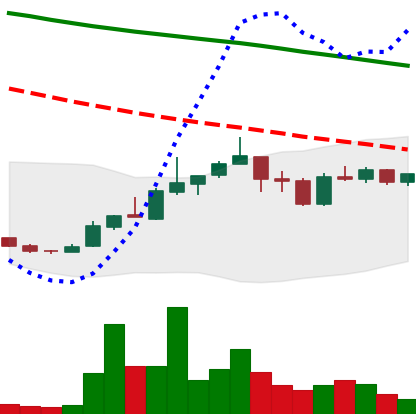
Ticker: ADA-USD
Chart end date: 2019-01-01
Forward return: 15.78%
Label: up_7plus